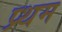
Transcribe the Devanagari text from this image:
प्र्थम